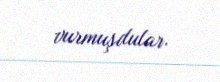
vurmuşdular.